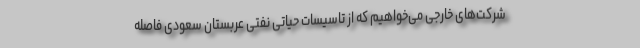
شرکت‌های خارجی می‌خواهیم که از تاسیسات حیاتی نفتی عربستان سعودی فاصله